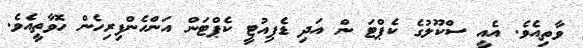
ވާތިއެވެ. އެއީ ސްކޫލުގެ ކެޕްޓަ ން އަދި ޑެޕިއުޓީ ކެޕްޓަން އަންހެންފިރިހެން ހޮވާތީއެވެ.